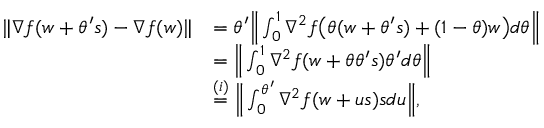
\begin{array} { r l } { \| \nabla f ( w + \theta ^ { \prime } s ) - \nabla f ( w ) \| } & { = \theta ^ { \prime } \Big \| \int _ { 0 } ^ { 1 } \nabla ^ { 2 } f \big ( \theta ( w + \theta ^ { \prime } s ) + ( 1 - \theta ) w \big ) d \theta \Big \| } \\ & { = \Big \| \int _ { 0 } ^ { 1 } \nabla ^ { 2 } f ( w + \theta \theta ^ { \prime } s ) \theta ^ { \prime } d \theta \Big \| } \\ & { \overset { ( i ) } { = } \Big \| \int _ { 0 } ^ { \theta ^ { \prime } } \nabla ^ { 2 } f ( w + u s ) s d u \Big \| , } \end{array}